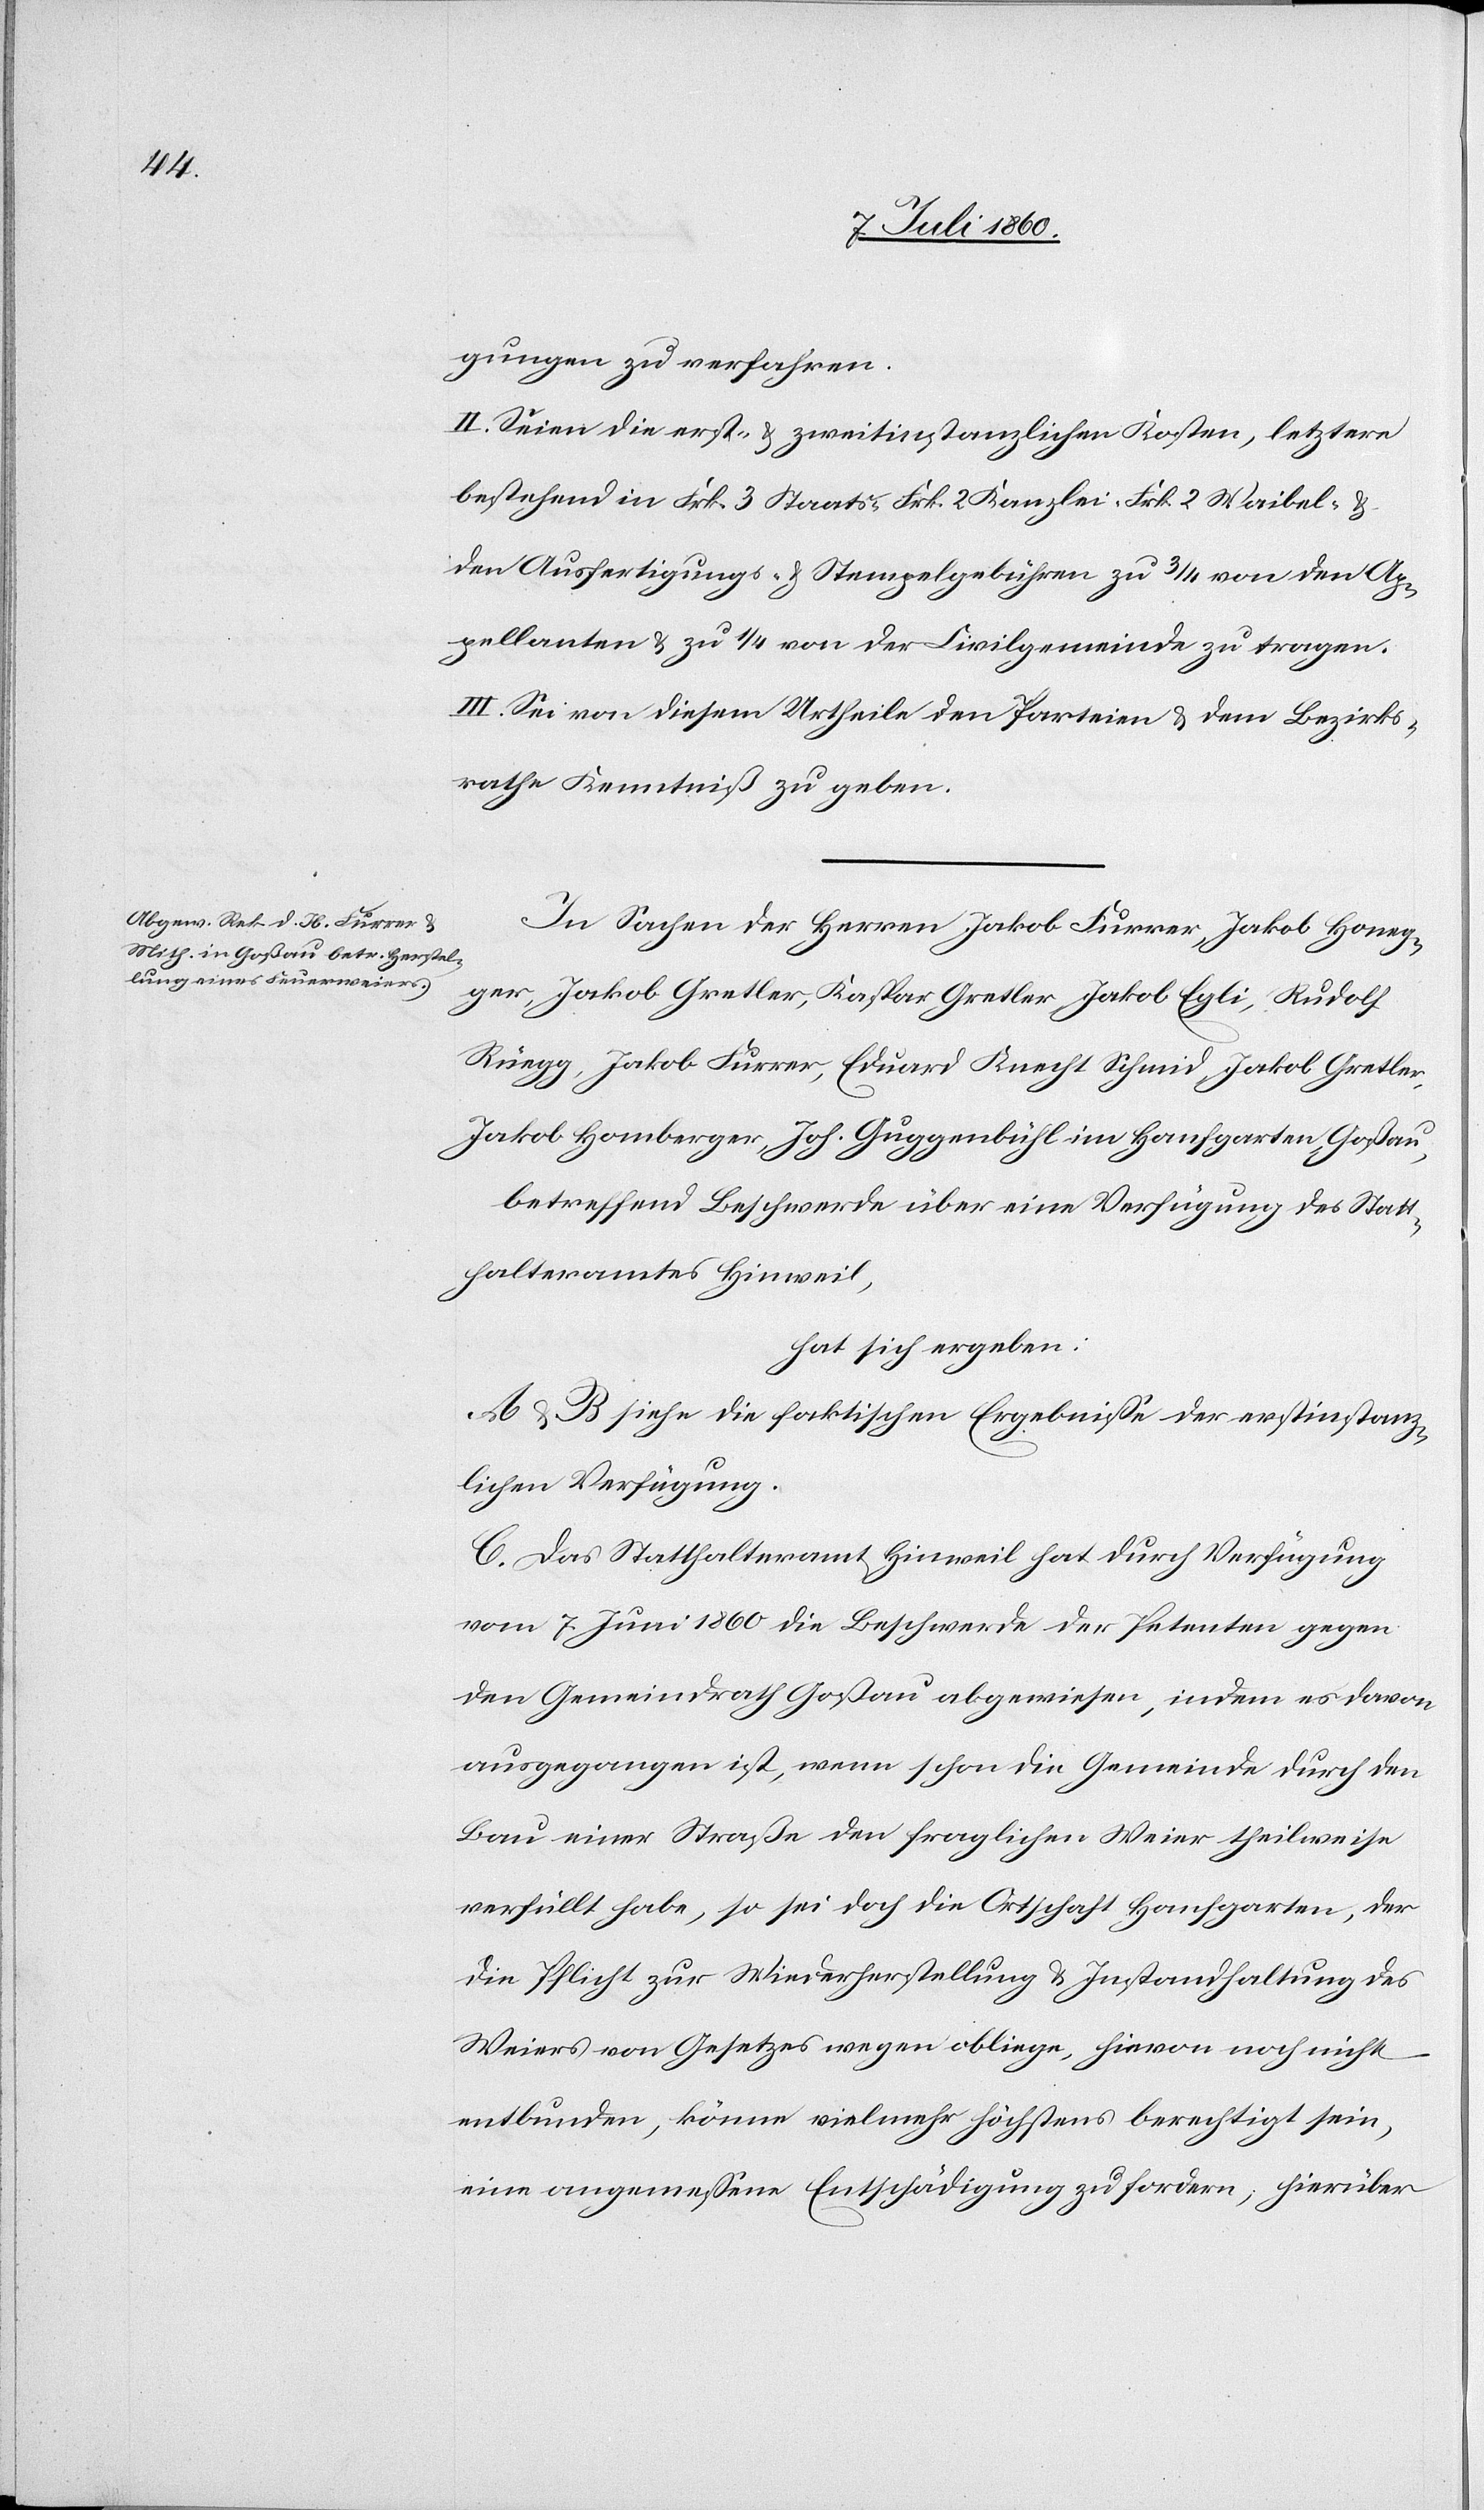
gung zu verfahren.
II. Seien die erst- & zweitinstanzlichen Kosten, letztere
bestehend in Frk. 3 Staats- Frk. 2 Kanzlei- Frk. 2 Waibel- &
den Ausfertigungs- & Stempelgebühren zu 3/4 von den Ap¬
pellanten & zu 1/4 von der Civilgemeinde zu tragen.
III. Sei von diesem Urtheile den Parteien & dem Bezirks¬
rathe Kenntniß zu geben.
In Sachen der Herren Jakob Furrer, Jakob Honeg¬
ger, Jakob Gretler, Kaspar Gretler, Jakob Egli, Rudolf
Rüegg, Jakob Furrer, Eduard Knecht Schmid, Jakob Gretler,
Jakob Homberger, Joh. Guggenbühl im Hanfgarten, Goßau,
betreffend Beschwerde über eine Verfügung des Statt¬
halteramtes Hinweil,
hat sich ergeben:
A & B siehe die faktischen Ergebnisse der erstinstanz¬
lichen Verfügung.
C. Das Statthalteramt Hinweil hat durch Verfügung
vom 7. Juni 1860 die Beschwerde der Petenten gegen
den Gemeindrath Goßau abgewiesen, indem es davon
ausgegangen ist, wenn schon die Gemeinde durch den
Bau einer Straße den fraglichen Weier theilweise
verfüllt habe, so sei doch die Ortschaft Hanfgarten, der
die Pflicht zur Wiederherstellung & Instandhaltung des
Weiers von Gesetzes wegen obliege, hievon noch nicht
entbunden, könne vielmehr höchstens berechtigt sein,
eine angemessene Entschädigung zu fordern; hierüber